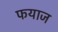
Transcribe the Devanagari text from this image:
फयाज